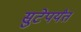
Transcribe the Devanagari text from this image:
सुटेपर्यंत